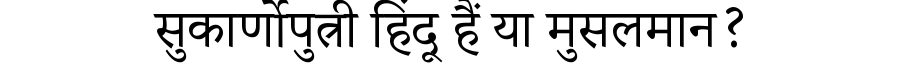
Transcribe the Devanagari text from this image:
सुकार्णोपुत्री हिंदू हैं या मुसलमान?